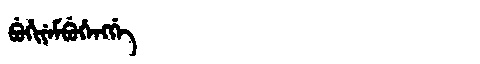
Manchu: ᠪᡠᡥᡳᠶᡝᠮᠪᡠᡥᡝᠩᡤᡝ
Romanization: BUHIYEMBUHENGGE